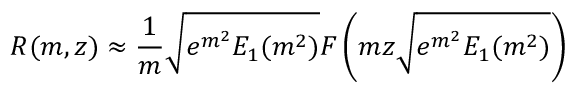
R ( m , z ) \approx \frac { 1 } { m } \sqrt { e ^ { m ^ { 2 } } E _ { 1 } ( m ^ { 2 } ) } F \left( m z \sqrt { e ^ { m ^ { 2 } } E _ { 1 } ( m ^ { 2 } ) } \right)